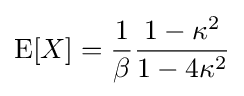
\operatorname {E} [X]={\frac {1}{\beta }}{\frac {1-\kappa ^{2}}{1-4\kappa ^{2}}}